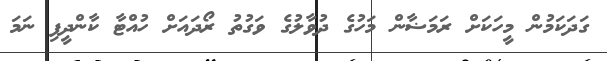
ގަދަކަމުން މީހަކަށް ރަމަޟާން މަހުގެ ދުވާލުގެ ވަގުތު ރޯދައަށް ހުއްޓާ ކާންދީފި ނަމަ